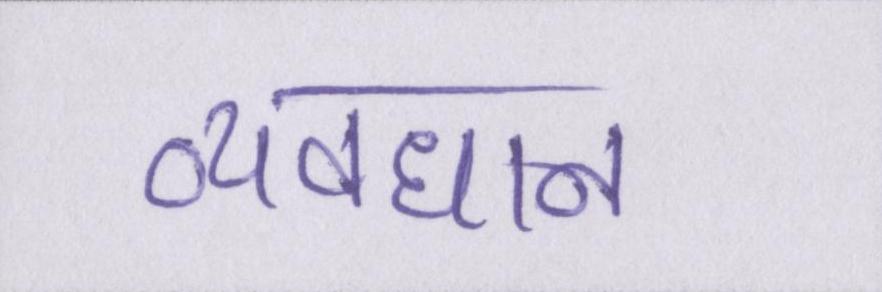
व्यवधान